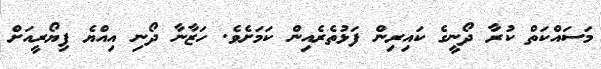
މަސައްކަތް ކުރާ ދޯނީގެ ކައިރިން ފަޅުތެރެއިން ކަމަށެެވެ. ހަޒާނާ ދޯނި އިއްޔެ ފިޔޯރީއަށް